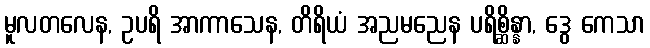
မူလတလေန, ဥပရိ အာကာသေန, တိရိယံ အညမညေန ပရိစ္ဆိန္နာ, ဒွေ ကေသာ